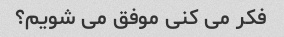
فکر می کنی موفق می شویم؟